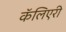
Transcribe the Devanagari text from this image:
कॅलिएरी